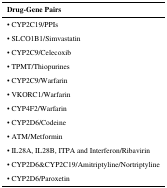
<table><thead><tr><td><b>Drug-Gene Pairs</b></td></tr></thead><tbody><tr><td>• CYP2C19/PPIs</td></tr><tr><td>• SLCO1B1/Simvastatin</td></tr><tr><td>• CYP2C9/Celecoxib</td></tr><tr><td>• TPMT/Thiopurines</td></tr><tr><td>• CYP2C9/Warfarin</td></tr><tr><td>• VKORC1/Warfarin</td></tr><tr><td>• CYP4F2/Warfarin</td></tr><tr><td>• CYP2D6/Codeine</td></tr><tr><td>• ATM/Metformin</td></tr><tr><td>• IL28A, IL28B, ITPA and Interferon/Ribavirin</td></tr><tr><td>• CYP2D6&amp;CYP2C19/Amitriptyline/Nortriptyline</td></tr><tr><td>• CYP2D6/Paroxetin</td></tr></tbody></table>